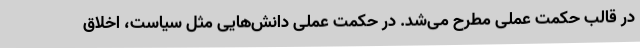
در قالب حکمت عملی مطرح می‌شد. در حکمت عملی دانش‌هایی مثل سیاست، اخلاق